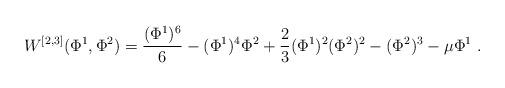
LaTeX: \begin{align*}W^{[2,3]}(\Phi^1, \Phi^2)={(\Phi^1)^6 \over 6}-(\Phi^1)^4\Phi^2+{2\over 3}(\Phi^1)^2(\Phi^2)^2-(\Phi^2)^3 -\mu \Phi^1~.\end{align*}